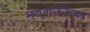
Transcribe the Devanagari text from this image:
नवशक्तीच्या